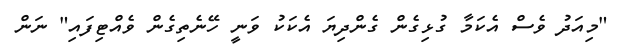
"މިއަދު ވެސް އެކަމާ ގުޅިގެން ގެންދިޔަ އެކަކު ވަނީ ހޭނެތިގެން ވެއްޓިފައި" ނަން